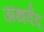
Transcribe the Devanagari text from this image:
अथर्वद